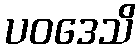
ပဝဒေသိ